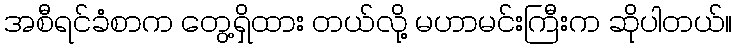
အစီရင်ခံစာက တွေ့ရှိထား တယ်လို့ မဟာမင်းကြီးက ဆိုပါတယ်။